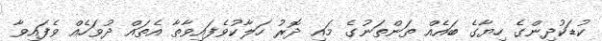
ކުޑަކުދިންގެ ހިޔާގެ ބައެއް ތަންތަނުގެ މައި ދޮރު ހަލާކުވެފައިވާތާ އެތައް ދުވަހެއް ވެފައިވާ